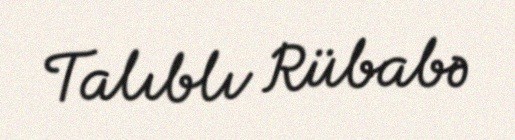
Talıblı Rübabə